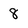
Character: 8